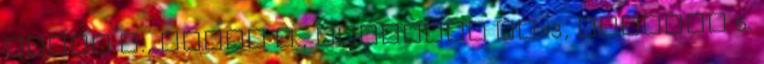
Rosta M., Dénes J., Szöllősi Sz. 3, Vranjes 5.